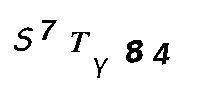
S7TY84